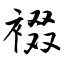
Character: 裰